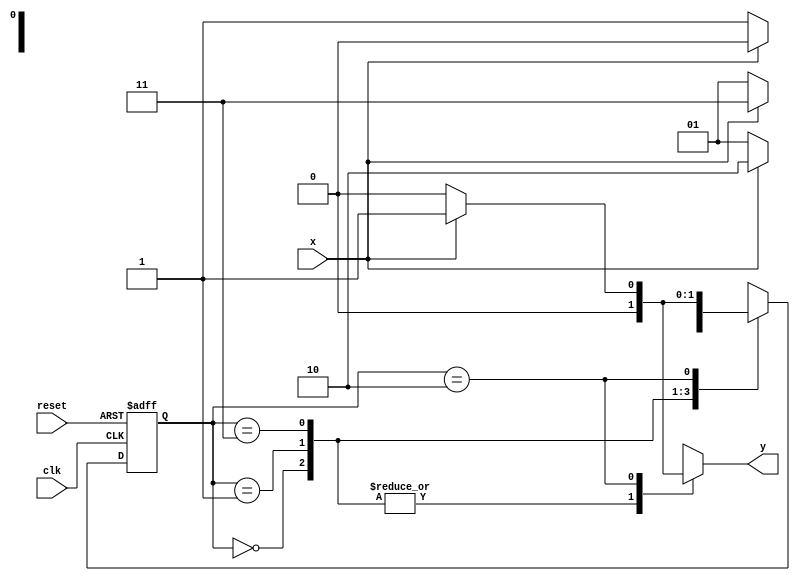
// ------------------------------------
// Nome: Patrick Flvio Teixeira Coura
// -------------------------------------

//------------
//--Mealy FSM
//--------------

//constant definitions
`define found 1
`define notfound 0

//FSM by Mealy
module mealy0111(y, x, clk, reset);

output y;
input x;
input clk;
input reset;

reg y;

parameter //state identifiers
start = 2'b00,
id01  = 2'b01,
id011 = 2'b11,
id0111= 2'b10;


reg[1:0]E1;//current state variables
reg[1:0]E2;//next stat logic output

//next state logic
always @(x or E1)
begin
	y = `notfound;
case(E1)
	start:
		if(x)
			E2 = start;
		else
			E2 = id01;
id01:
	if(x)
		E2 = id011;
	else
		E2 =	id01;
id011:
	if(x)
		E2 = id0111;
	else
		E2 = id01;	
id0111:
	if(x)
		begin
			E2 = id01;
			y = `found;
			end
	else
	begin
		E2 = start;
		y = `notfound;
	end
default:  //undefined state
	E2 = 2'bxx;
endcase

end // always at signal or state changing

//state variables
always @(posedge clk or negedge reset)
begin
if(reset)
E1 = E2; //updates current state
else
E1 = 0; //reset

end // always at signal changing

endmodule // mealy0111